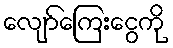
လျော်ကြေးငွေကို